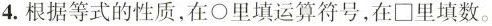
4.根据等式的性质，在\circ里填运算符号，在\Box里填数。